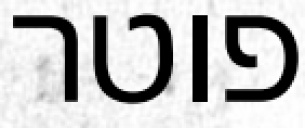
פוטר